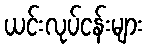
ယင်းလုပ်ငန်းများ